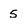
Character: 5